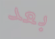
بعد